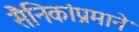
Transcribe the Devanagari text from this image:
सैनिकांप्रमाने